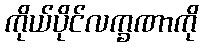
ကိုယ်ပိုင်လက္ခဏာကို